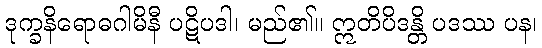
ဒုက္ခနိရောဓဂါမိနီ ပဋိပဒါ၊ မည်၏။ ဣတိပိဒန္တိ ပဒဿ ပန၊